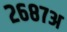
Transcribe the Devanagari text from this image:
२६८७अ